Indian Medical Review
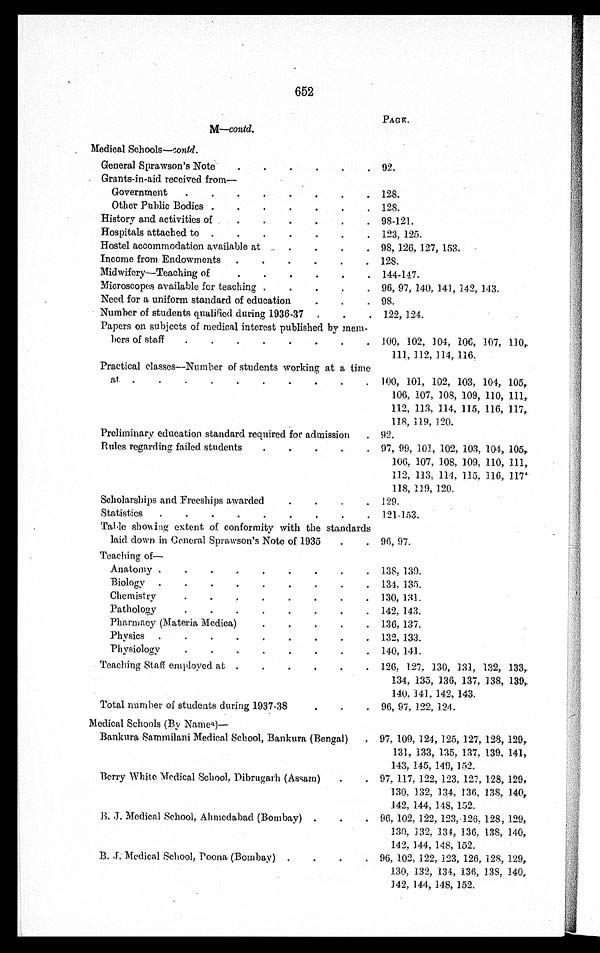
652
M—contd.
PAGE.
Medical Schools—contd.
General Sprawson's Note
.
.
.
.
.
. 92.
Grants-in-aid received from
—
Government
.
.
.
.
.
.
. . 128.
Other Public Bodies .
.
.
.
.
.
. 128.
History and activities of . . . . . . . 98-121.
Hospitals attached to .
.
.
.
.
.
. 123, 125.
Hostel accommodation available at
.
.
.
. 98, 126, 127, 153.
Income from Endowments .
.
.
.
.
. 128.
Midwifery-Teaching of
.
.
.
.
.
. 144-147.
Microscopes available for teaching .
.
.
.
. 96, 97, 140, 141, 142, 143.
Need for a uniform standard of education
.
.
. 98.
Number of students qualified during 1936-37 .
.
. 122, 124.
Papers on subjects of medical interest published by mem-
bers of staff
.
.
. . . . . . 100, 102, 104, 106, 107, 110,
111, 112, 114, 116.
Practical classes-Number of students working at a time
at .
.
.
. . . . . . . 100, 101, 102, 103, 104, 105,
106, 107, 108, 109, 110, 111,
112, 113, 114, 115, 116, 117,
118, 119, 120.
Preliminary education standard required for admission
. 92.
Rules regarding failed students
.
.
.
.
. 97, 99, 101, 102, 103, 104, 105,
106, 107, 108, 109, 110, 111,
112, 113, 114, 115, 116, 117,
118, 119, 120.
Scholarships and Freeships awarded
.
.
.
. 129.
Statistics
.
.
.
.
.
. . . . 121-153.
Table showing extent of conformity with the standards
laid down in Ceneral Sprawson's Note of 1935
.
. 96, 97.
Teaching of
—
Anatomy .
.
.
.
.
.
.
.
. 138, 139.
Biology .
.
.
.
.
.
.
.
. 134, 135.
Chemistry
.
. .
.
.
.
.
. 130, 131.
Pathology
.
.
.
.
.
.
.
. 142, 143.
Pharmacy (Materia Medica)
.
.
.
.
. 136, 137.
Physics .
.
.
.
.
.
.
.
. 132, 133.
Physiology
.
.
.
.
.
.
.
.
140, 141.
Teaching Staff employed at .
.
.
.
.
. 126, 127, 130, 131, 132, 133,
134, 135, 136, 137, 138, 139,
140, 141, 142, 143.
Total number of students during 1937-38
.
.
. 96, 97, 122, 124.
Medical Schools (By Names)
—
Bankura Sammilani Medical School, Bankura (Bengal)
. 97, 109, 124, 125, 127, 128, 129,
131, 133, 135, 137, 139, 141,
143, 145, 149, 152.
Berry White Medical School, Dibrugarh (Assam)
.
. 97, 117, 122, 123, 127, 128, 129,
130, 132, 134, 136, 138, 140,
142, 144, 148, 152.
B. J. Medical School, Ahmedabad (Bombay) .
.
. 96, 102, 122, 123, 126, 128, 129,
130, 132, 134, 136, 138, 140,
B.J. Medical School, Poona (Bombay)
. . . .
142, 144, 148, 152.
96. 102, 122, 123, 126, 128, 129,
130, 132, 134., 136, 138, 140,
142, 144, 148, 152.